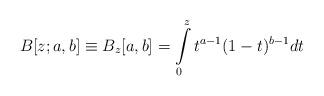
LaTeX: \begin{align*}B[z;a,b]\equiv B_z[a,b]=\int\limits_{0}^z t^{a-1} (1-t)^{b-1}dt\end{align*}